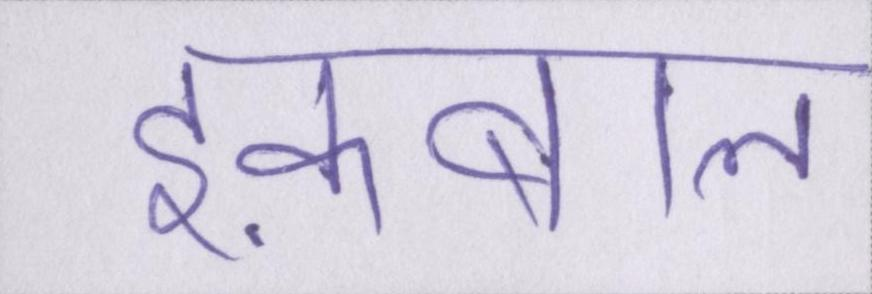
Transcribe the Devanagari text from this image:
इक़बाल